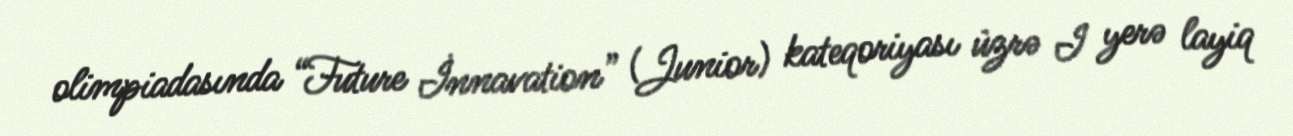
olimpiadasında “Future İnnavation” (Junior) kateqoriyası üzrə I yerə layiq